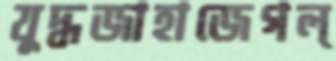
যুদ্ধজাহাজেগল্